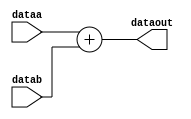
`define WIDTH 9
module adder(	

	input signed [2 * `WIDTH - 1 : 0] dataa,
	input signed [2 * `WIDTH - 1 : 0] datab,
	output signed [2 * `WIDTH - 1 : 0] dataout
);

assign dataout = dataa + datab;


endmodule